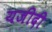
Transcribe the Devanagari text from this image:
यजीदी